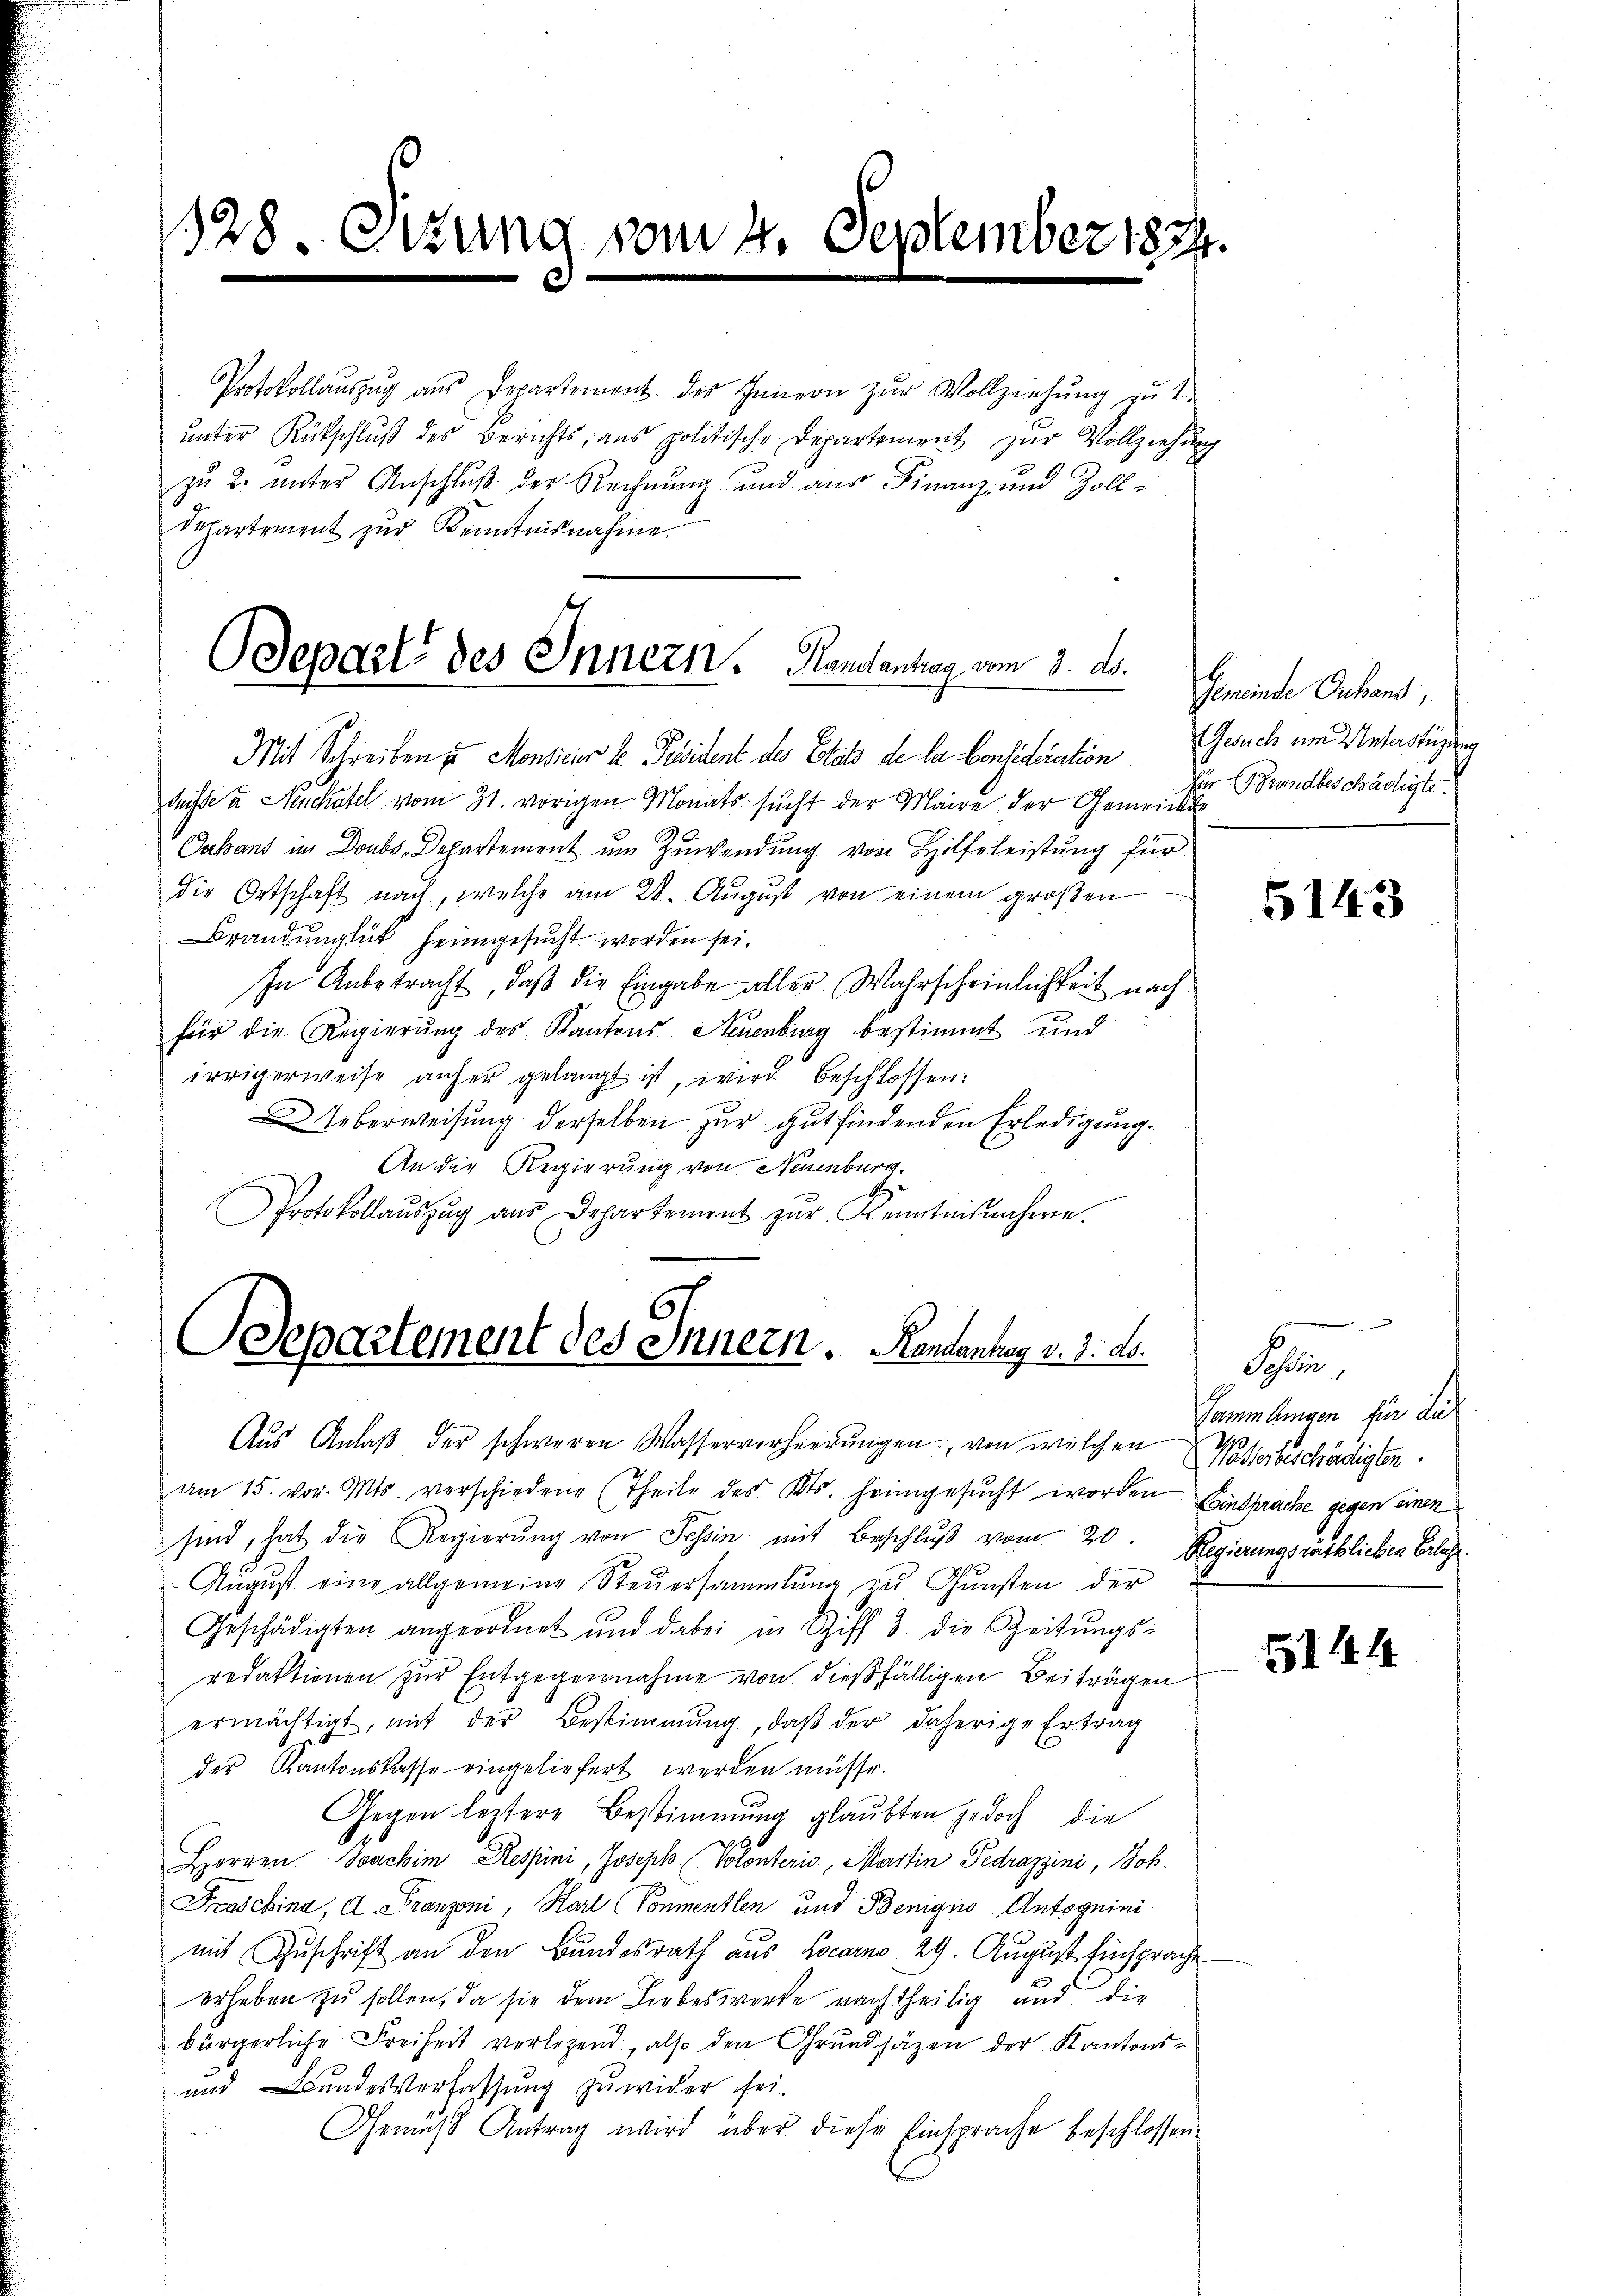
128. Sitzung vom 4. September 1834.

Protokollaŭszŭg aŭs Departement des Innern zŭr Vollziehŭng zŭ 1
unter Rückschluß des Berichts, aus politische Departiment zur Vollziehung
zu 2. unter Anschluß der Rechnung und aus Finanz- und Zoll¬
Departement zur Kenntnisnahme.

Depart des Innern. Handantrag vom 3. ds.

Mit Schreiben zu Monsieur le Präsident des Etat de la Consideration
drisse u. Neuchatel vom 31. vorigen Monats sucht der Maire der Gemeinde
Oakant im Doubs-Departement um Zuwendung von Hilfeleistung für
die Ortschaft nach, welche am 28. Aŭgŭst von einem großen
Brandunglück heimgesucht worden sei.
In Anbetracht, daß die Eingabe aller Wahrscheinlichkeit nach
für die Regierŭng des Kantons Neuenburg bestimmt und
irrigerweise anher gelangt ist, wird beschlossen:
Ueberweisung derselben zur gutfindenden Erledigung.
An die Regierung von Neuenburg.
Protokollaŭszŭg aŭs Departement zŭr Kenntnisnahmen.

DDepartement des Innern. Randantag v. 3. ds.

Aus Anlaß der schweren Wasserverheerungen, von welchen Waßerbeschädigten
am 15. vor. Mts. verschiedene Theile des Kts. heimgesucht worden
sind, hat die Regierŭng von Tessin mit Beschlŭβ vom 20.
Aŭgŭst eine allgemeine Steŭersammlung zŭ Gŭnsten der
Geschädigten angeordnet und dabei in Schiff 3. die Zeitŭngs-
redaktionen zur Entgegennahme von dießfälligen Beiträgen
ermächtigt, mit der Bestimmung, daβ der daherige Ertrag
der Kantonskasse eingeliefert werden müsse.
Gegen leztere Bestimmung glaubten jedoch die
Horren Joachim Respini, Joseph (Volonterio, Martin Fedrazzini, Joh.
Fraschina, A. Franzoni, Karl (Vonmentlen und Benigno Antoguini
mit Zuschrift an den Bundesrath aus Locarno 29. August Einsprache
erheben zu sollen, da sie dem Liebeswerke nachtheilig und die
bürgerliche Freiheit verlegend, also den Grŭndsäzen der Kantons-
und Bundesverfassung zuwider sei.
Gemäss Antrag wird aber diese Einsprache beschlossen.

Gemeinde Anhans,
Gesuch um Unterstüzung
für Brandbeschädigte.

5143

Hlr.
Sammlungen für die
Einsprache gegen einen
Regierungsräthlichen Erlache

5144